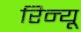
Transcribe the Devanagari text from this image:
रिन्यू